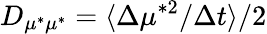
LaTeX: D_{\mu^{*}\mu^{*}}=\langle{\Delta\mu^{*2}}/{\Delta t}\rangle/2